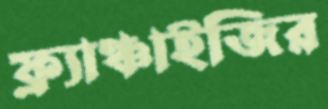
ফ্র্যাঞ্চাইজির